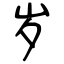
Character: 岁